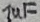
Text: 1uF